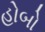
હોબો